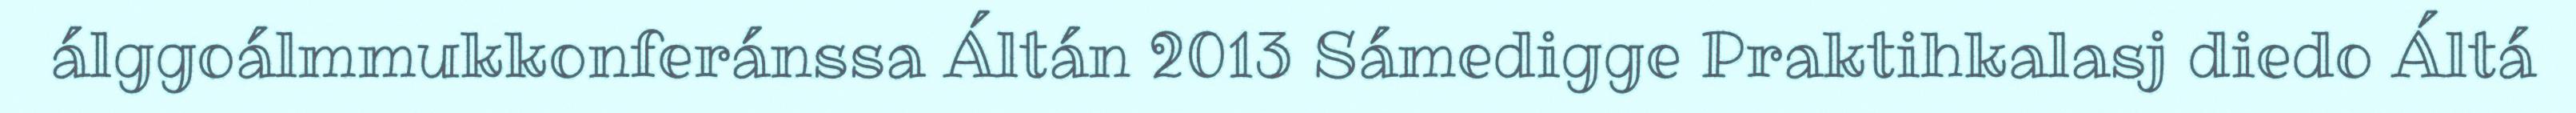
álggoálmmukkonferánssa Áltán 2013 Sámedigge Praktihkalasj diedo Áltá